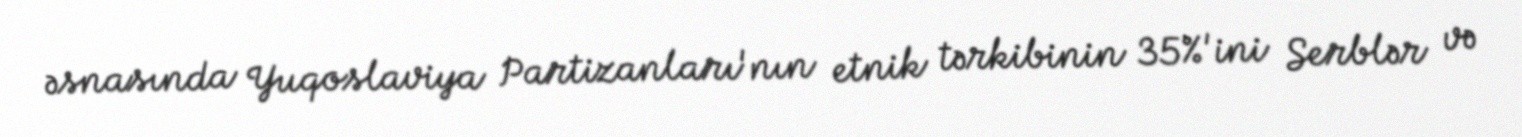
əsnasında Yuqoslaviya Partizanları'nın etnik tərkibinin 35%'ini Serblər və